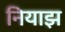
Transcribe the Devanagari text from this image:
नियाझ